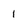
Character: 1